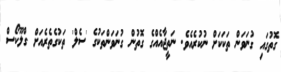
ގޮތުގައި ގުނަވަން ތަކަކަށް ނުކުރެއެވެ. ނަތީޖާއެއްގެ ގޮތުން ގުނަވަންތަކުގެ 'ސެލް' ތަކުގެތެރެއަށް ގްލޫކޯސް